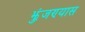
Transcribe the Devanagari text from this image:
झुंजण्यास